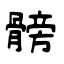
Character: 髈